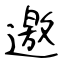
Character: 邀